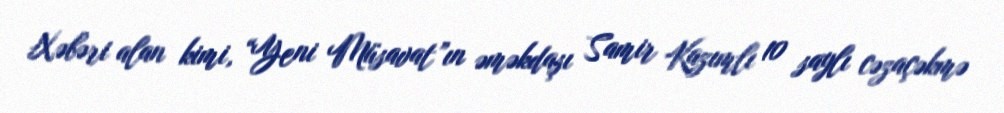
Xəbəri alan kimi, “Yeni Müsavat”ın əməkdaşı Samir Kazımlı 10 saylı cəzaçəkmə